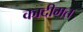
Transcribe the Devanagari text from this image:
कादीमत